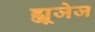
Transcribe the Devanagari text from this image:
ह्यूजेज